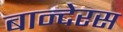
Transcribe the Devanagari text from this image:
बान्देरस